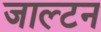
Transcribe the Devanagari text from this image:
जाल्‍टन